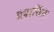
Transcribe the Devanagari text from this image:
प्रदार्शित